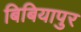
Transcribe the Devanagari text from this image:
बिबियापुर